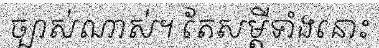
ច្បាស់ណាស់។ តែសម្តីទាំងនោះ